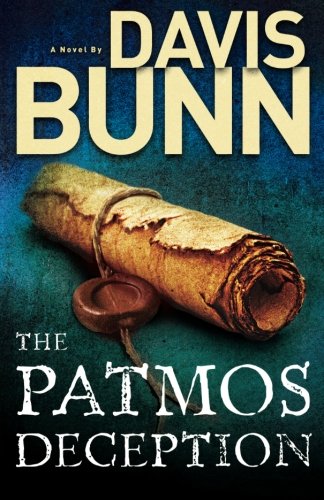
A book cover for The Patmos Deception; Davis Bunn; Romance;